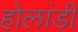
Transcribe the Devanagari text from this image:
होलांडी